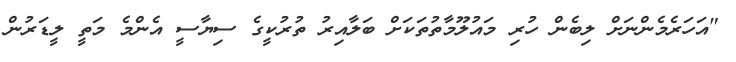
"އަހަރެމެންނަށް ލިބެން ހުރި މައުލޫމާތުތަކަށް ބަލާއިރު ތުރުކީގެ ސިޔާސީ އެންމެ މަތީ ލީޑަރުުން